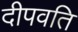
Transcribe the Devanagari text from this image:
दीपवति